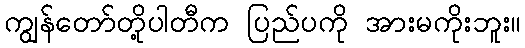
ကျွန်တော်တို့ပါတီက ပြည်ပကို အားမကိုးဘူး။